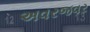
અવરજવર